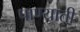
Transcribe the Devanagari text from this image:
पाण्याती